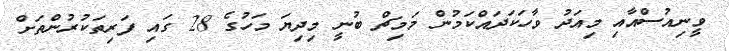
ވީނިއުސްއާއި މިއަދު ވާހަކަދައްކަމުން މަމިޗް ބުނީ މިދިޔަ މަހުގެ 28 ގައި ފަރިތަކުރުންތަށް